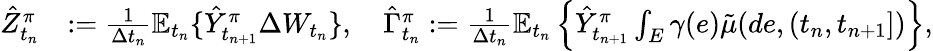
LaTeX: \begin{array}{r}{\begin{array}{rl}{\hat{Z}_{t_{n}}^{\pi}}&{:=\frac{1}{\Delta t_{n}}\mathbb{E}_{t_{n}}\{ \hat{Y}_{t_{n+1}}^{\pi}\Delta W_{t_{n}}\} ,\quad\hat{\Gamma}_{t_{n}}^{\pi}:=\frac{1}{\Delta t_{n}}\mathbb{E}_{t_{n}}\left\{ \hat{Y}_{t_{n+1}}^{\pi}\int_{E}\gamma(e)\tilde{\mu}(de,(t_{n},t_{n+1}])\right\} ,}\end{array}}\end{array}